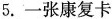
5.一张康复卡